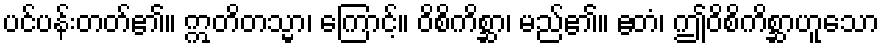
ပင်ပန်းတတ်၏။ ဣတိတသ္မာ၊ ကြောင့်။ ဝိစိကိစ္ဆာ၊ မည်၏။ ဧတံ၊ ဤဝိစိကိစ္ဆာဟူသော